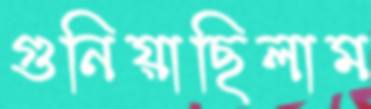
গুনিয়াছিলাম